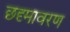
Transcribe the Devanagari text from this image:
छदृमावरण